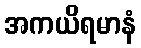
အကယိရမာနံ